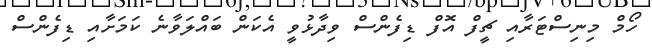
ހޯމް މިނިސްޓަރާއި ޗީފް އޮފް ޑިފެންސް ވިދާޅުވީ އެކަން ބައްލަވާނެ ކަމަށާއި ޑިފެންސް